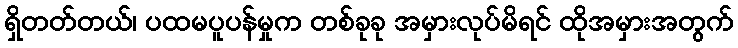
ရှိတတ်တယ်၊ ပထမပူပန်မှုက တစ်ခုခု အမှားလုပ်မိရင် ထိုအမှားအတွက်